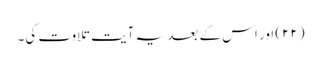
(۲۲) اور اس کے بعد یہ آیت تلاوت کی۔